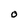
Character: O